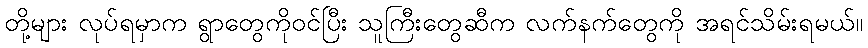
တို့များ လုပ်ရမှာက ရွာတွေကိုဝင်ပြီး သူကြီးတွေဆီက လက်နက်တွေကို အရင်သိမ်းရမယ်။